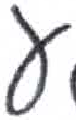
אות: ע